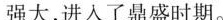
强大，进人了鼎盛时期。